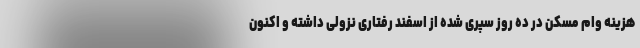
هزینه وام مسکن در ده روز سپری شده از اسفند رفتاری نزولی داشته و اکنون